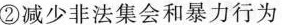
②减少非法集会和暴力行为